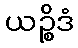
ယဉ္စိဒံ